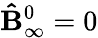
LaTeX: \mathbf{\hat{B}}_{\infty}^{0}=0